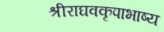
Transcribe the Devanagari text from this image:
श्रीराघवकृपाभाष्य